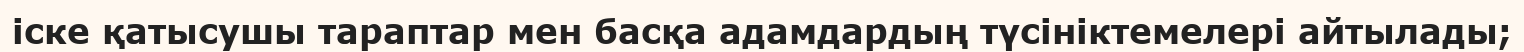
іске қатысушы тараптар мен басқа адамдардың түсініктемелері айтылады;